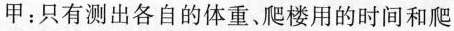
甲：只有测出各自的体重、爬楼用的时间和爬